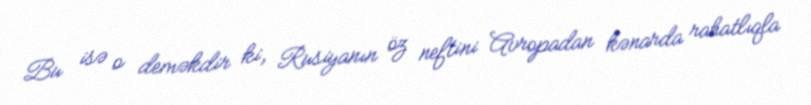
Bu isə o deməkdir ki, Rusiyanın öz neftini Avropadan kənarda rahatlıqla